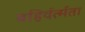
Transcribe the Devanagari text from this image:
बहिर्वर्त्मता